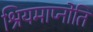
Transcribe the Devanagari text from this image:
श्रियमाप्नोति